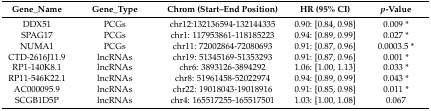
<table><thead><tr><td><b>Gene_Name</b></td><td><b>Gene_Type</b></td><td><b>Chrom (Start–End Position)</b></td><td><b>HR (95% CI)</b></td><td><b><i>p</i>-Value</b></td></tr></thead><tbody><tr><td>DDX51</td><td>PCGs</td><td>chr12:132136594-132144335</td><td>0.90: [0.84, 0.98]</td><td>0.009 *</td></tr><tr><td>SPAG17</td><td>PCGs</td><td>chr1: 117953861-118185223</td><td>0.94: [0.89, 0.99]</td><td>0.027 *</td></tr><tr><td>NUMA1</td><td>PCGs</td><td>chr11: 72002864-72080693</td><td>0.91: [0.87, 0.96]</td><td>0.0003.5 *</td></tr><tr><td>CTD-2616J11.9</td><td>lncRNAs</td><td>chr19: 51345169-51353293</td><td>0.91: [0.87, 0.96]</td><td>0.001 *</td></tr><tr><td>RP1-140K8.1</td><td>lncRNAs</td><td>chr6: 3893126-3894292</td><td>1.06: [1.00, 1.13]</td><td>0.033 *</td></tr><tr><td>RP11-546K22.1</td><td>lncRNAs</td><td>chr8: 51961458-52022974</td><td>0.94: [0.89, 0.99]</td><td>0.043 *</td></tr><tr><td>AC000095.9</td><td>lncRNAs</td><td>chr22: 19018043-19018916</td><td>0.91: [0.85, 0.98]</td><td>0.011 *</td></tr><tr><td>SCGB1D5P</td><td>lncRNAs</td><td>chr4: 165517255-165517501</td><td>1.03: [1.00, 1.08]</td><td>0.067</td></tr></tbody></table>